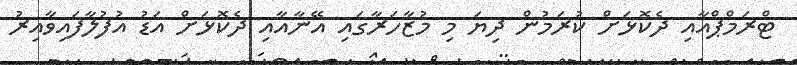
ޓްރަމްޕްއާއި ދެކޮޅަށް ކުރަމުން ދިޔަ މި މުޒާހަރާގައި އޭނާއާއި ދެކޮޅަށް އަޑު އުފުލާފައިވާއިރު